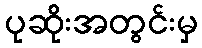
ပုဆိုးအတွင်းမှ